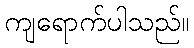
ကျရောက်ပါသည်။